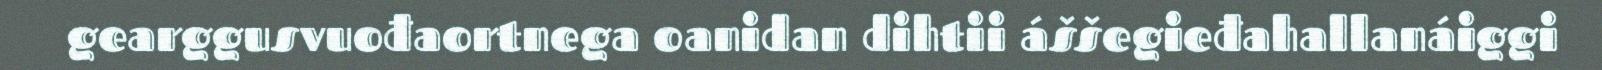
gearggusvuođaortnega oanidan dihtii áššegieđahallanáiggi